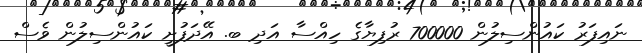
ނައިފަރު ކައުންސިލުން 700000 ރުފިޔާގެ ހިއްސާ އަދި ބ. އޭދަފުށީ ކައުންސިލުން ވެސް